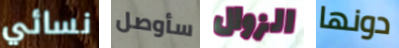
نسائي سأوصل الزوال دونها